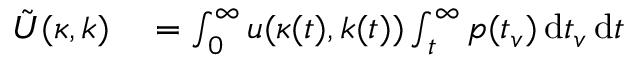
\begin{array} { r l } { \tilde { U } ( \kappa , k ) } & { { } = \int _ { 0 } ^ { \infty } u ( \kappa ( t ) , k ( t ) ) \int _ { t } ^ { \infty } p ( t _ { v } ) \, \mathrm { d } t _ { v } \, \mathrm { d } t } \end{array}